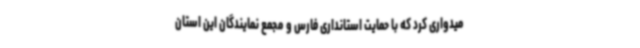
میدواری کرد که با حمایت استانداری فارس و مجمع نمایندگان این استان